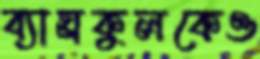
ব্যাঘ্রকুলকেও